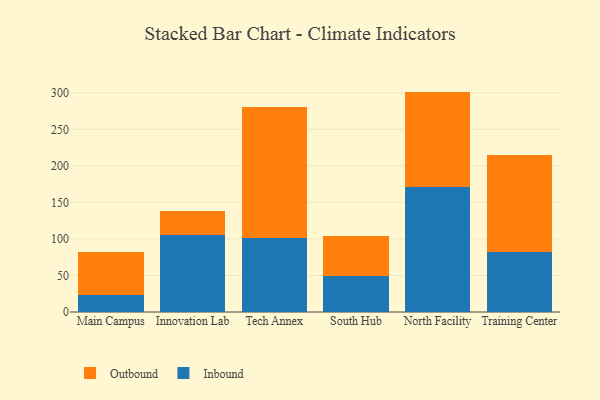
{"axis": {"x": "Campus", "y": "Bounce Rate (%)"}, "legend": ["Inbound", "Outbound"], "data": [{"x": "Main Campus", "y": 23.9, "type": "Inbound"}, {"x": "Main Campus", "y": 58.5, "type": "Outbound"}, {"x": "Innovation Lab", "y": 105.4, "type": "Inbound"}, {"x": "Innovation Lab", "y": 32.6, "type": "Outbound"}, {"x": "Tech Annex", "y": 101.1, "type": "Inbound"}, {"x": "Tech Annex", "y": 179.8, "type": "Outbound"}, {"x": "South Hub", "y": 49.9, "type": "Inbound"}, {"x": "South Hub", "y": 54.0, "type": "Outbound"}, {"x": "North Facility", "y": 170.9, "type": "Inbound"}, {"x": "North Facility", "y": 130.7, "type": "Outbound"}, {"x": "Training Center", "y": 82.0, "type": "Inbound"}, {"x": "Training Center", "y": 132.3, "type": "Outbound"}]}